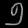
Digit: ၅